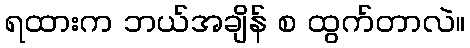
ရထားက ဘယ်အချိန် စ ထွက်တာလဲ။